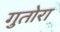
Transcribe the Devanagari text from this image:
गुतोरा